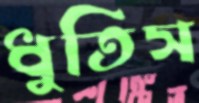
ধুতিস